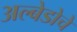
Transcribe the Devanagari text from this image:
अल्बेडोचे